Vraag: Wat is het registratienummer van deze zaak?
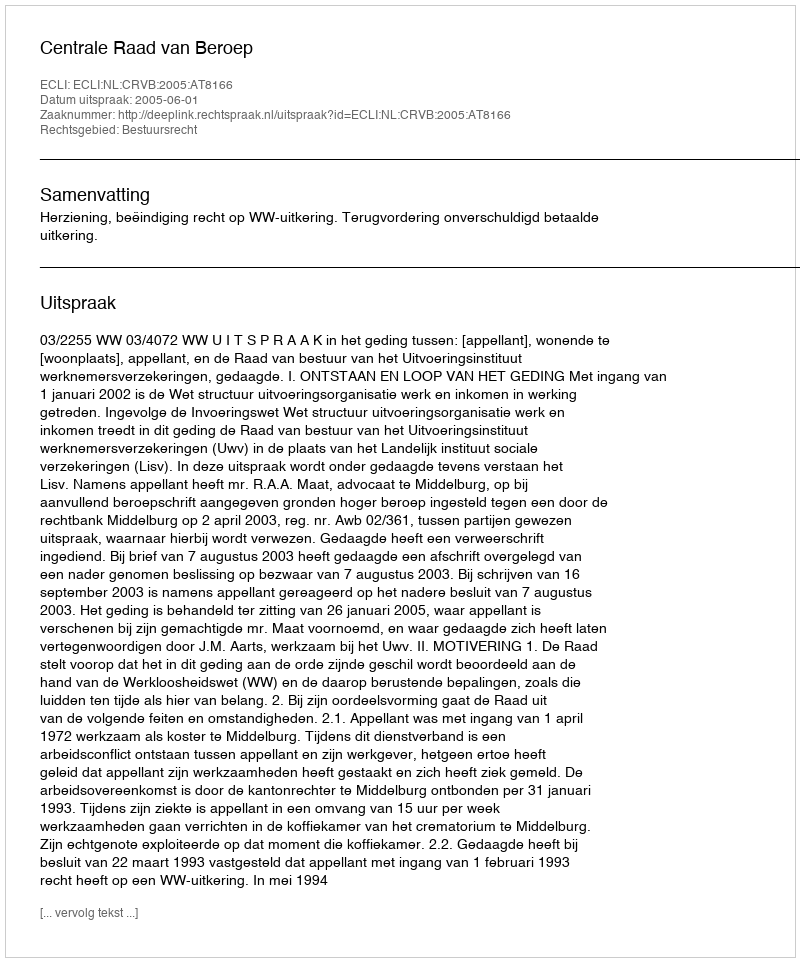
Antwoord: http://deeplink.rechtspraak.nl/uitspraak?id=ECLI:NL:CRVB:2005:AT8166